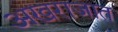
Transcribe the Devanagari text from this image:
अख़राजात